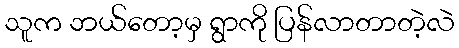
သူက ဘယ်တော့မှ ရွာကို ပြန်လာတာတဲ့လဲ